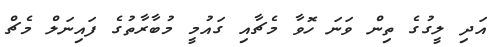
އަދި ލީގުގެ ތިން ވަނަ ހޮވާ މެޗާއި ގައުމީ މުބާރާތުގެ ފައިނަލް މެޗް